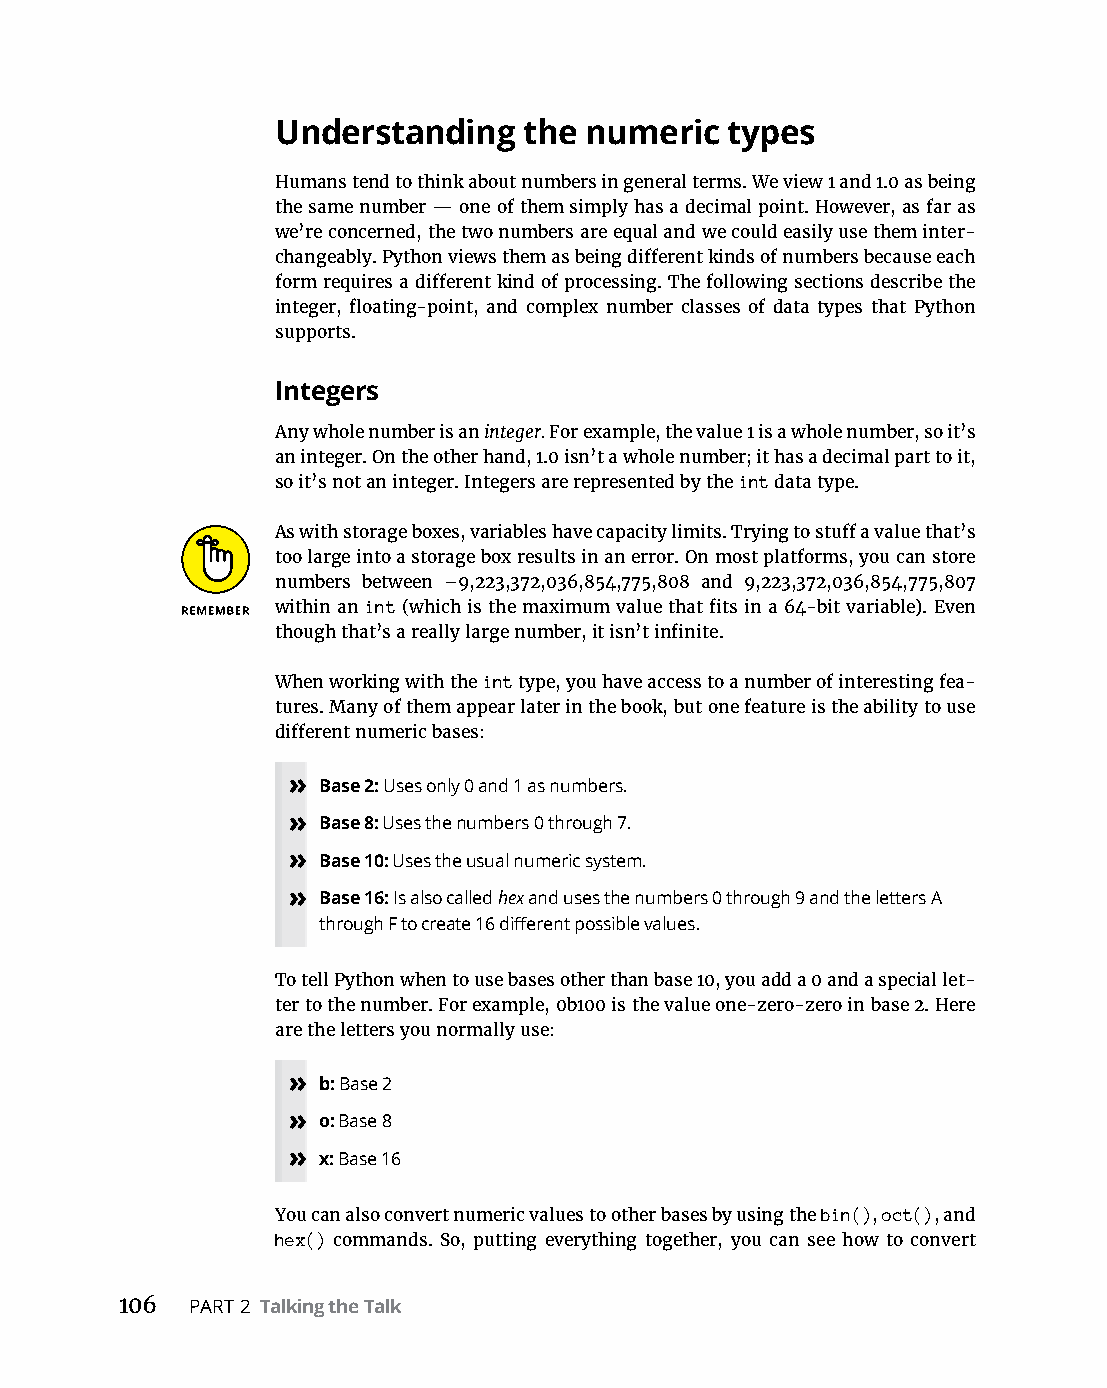
Understanding    the numeric  types
 Humans tend to think about numbers in general terms. We view 1 and 1.0 as being
 the same number — one of them simply has a decimal point. However, as far as
 we’re concerned, the two numbers are equal and we could easily use them inter-
 changeably. Python views them as being different kinds of numbers because each
 form requires a different kind of processing. The following sections describe the
 integer, floating-point, and complex number classes of data types that Python
 supports.
 Integers
 Any whole number is an integer. For example, the value 1 is a whole number, so it’s
 an integer. On the other hand, 1.0 isn’t a whole number; it has a decimal part to it,
 so it’s not an integer. Integers are represented by the int data type.
 As with storage boxes, variables have capacity limits. Trying to stuff a value that’s
 too large into a storage box results in an error. On most platforms, you can store
 numbers between –9,223,372,036,854,775,808 and 9,223,372,036,854,775,807
 within an int (which is the maximum value that fits in a 64-bit variable). Even
 though that’s a really large number, it isn’t infinite.
 When working with the int type, you have access to a number of interesting fea-
 tures. Many of them appear later in the book, but one feature is the ability to use
 different numeric bases:
 » Base 2: Uses only 0 and 1 as numbers.
 » Base 8: Uses the numbers 0 through 7.
 » Base 10: Uses the usual numeric system.
 » Base 16: Is also called hex and uses the numbers 0 through 9 and the letters A
 through F to create 16 different possible values.
 To tell Python when to use bases other than base 10, you add a 0 and a special let-
 ter to the number. For example, 0b100 is the value one-zero-zero in base 2. Here
 are the letters you normally use:
 » b: Base 2
 » o: Base 8
 » x: Base 16
 You can also convert numeric values to other bases by using the bin(), oct(), and
 hex() commands. So, putting everything together, you can see how to convert
 106  PART 2 Talking the Talk